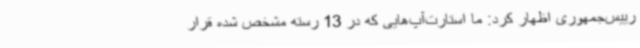
رییس‌جمهوری اظهار کرد: ما استارت‌آپ‌هایی که در 13 رسته مشخص‌ شده قرار